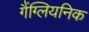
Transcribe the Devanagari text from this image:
गैंग्लियनिक